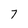
Character: 7